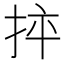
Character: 𢬪